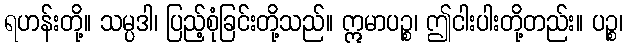
ရဟန်းတို့။ သမ္ပဒါ၊ ပြည့်စုံခြင်းတို့သည်။ ဣမာပဉ္စ၊ ဤငါးပါးတို့တည်း။ ပဉ္စ၊